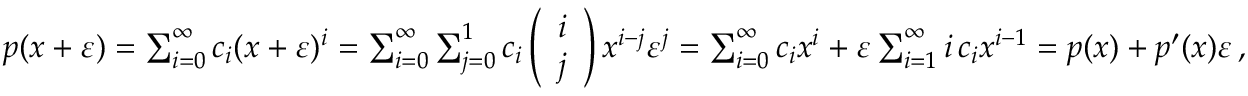
\begin{array} { r } { p ( x + \varepsilon ) = \sum _ { i = 0 } ^ { \infty } c _ { i } ( x + \varepsilon ) ^ { i } = \sum _ { i = 0 } ^ { \infty } \sum _ { j = 0 } ^ { 1 } c _ { i } \left( \begin{array} { l } { i } \\ { j } \end{array} \right) x ^ { i - j } \varepsilon ^ { j } = \sum _ { i = 0 } ^ { \infty } c _ { i } x ^ { i } + \varepsilon \sum _ { i = 1 } ^ { \infty } i \, c _ { i } x ^ { i - 1 } = p ( x ) + p ^ { \prime } ( x ) \varepsilon \, , } \end{array}